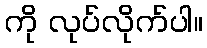
ကို လုပ်လိုက်ပါ။